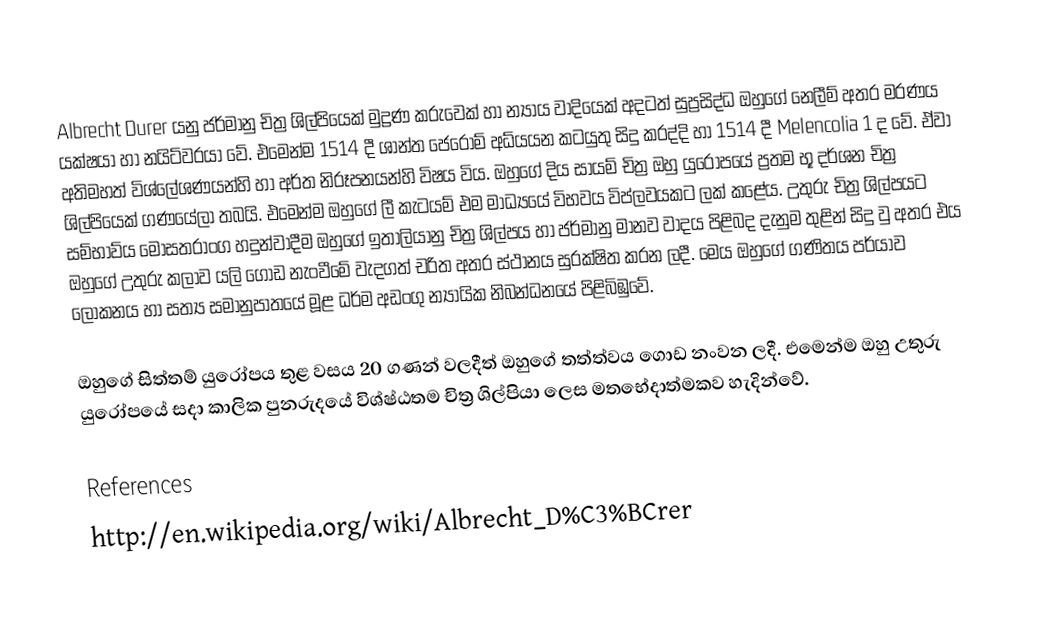
Albrecht Durer යනු ජර්මානු චිත්‍ර ශිල්පියෙක් මුද්‍රණ කරුවෙක් හා න්‍යාය වාදියෙක් අදටත් සුප්‍රසිද්ධ ඔහුගේ නෙලීම් අතර මරණය යක්ෂයා හා නයිට්වරයා වේ. එමෙන්ම 1514 දී ශාන්ත ජෙරෝම් අධ්යයන කටයුතු සිදු කරද්දි හා 1514 දී Melencolia 1 ද වේ. ඒවා අතිමහත් විශ්ලේශණයන්හි හා අර්ත නිරූපනයන්හි විෂය විය. ඔහුගේ දිය සායම් චිත්‍ර ඔහු යුරෝපයේ ප්‍රතම භූ දර්ශන චිත්‍ර ශිල්පියෙක් ගණයේලා තබයි. එමෙන්ම ඔහුගේ ලී කැටයම් එම මාධ්‍යයේ විභවය විප්ලවයකට ලක් කළේය. උතුරු චිත්‍ර ශිල්පයට සම්භාව්ය මෝසතරාංග හදුන්වාදීම ඔහුගේ ඉතාලියානු චිත්‍ර ශිල්පය හා ජර්මානු මානව වාදය පිළිබද දැනුම තුළින් සිදු වු අතර එය ඔහුගේ උතුරු කලාව යලි ගොඩ නැංවීමේ වැදගත් චරිත අතර ස්ථානය සුරක්ෂිත කරන ලදී. මෙය ඔහුගේ ගණිතය පර්යාව ලෝකනය හා සත්‍ය සමානුපාතයේ මූළ ධර්ම අඩංගු න්‍යායික නිබන්ධනයේ පිළිබිඹුවේ.

ඔහුගේ සිත්තම් යුරෝපය තුළ වසය 20 ගණන් වලදීත් ඔහුගේ තත්ත්වය ගොඩ නංවන ලදී. එමෙන්ම ඔහු උතුරු යුරෝපයේ සදා කාලික පුනරුදයේ විශ්ෂ්ඨතම චිත්‍ර ශිල්පියා ලෙස මතභේදාත්මකව හැදින්වේ.

References
http://en.wikipedia.org/wiki/Albrecht_D%C3%BCrer